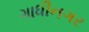
ગાધીનગર